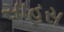
સાહસ